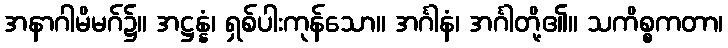
အနာဂါမိမဂ်၌။ အဋ္ဌန္နံ၊ ရှစ်ပါးကုန်သော။ အင်္ဂါနံ၊ အင်္ဂါတို့၏။ သကိစ္စကတာ၊